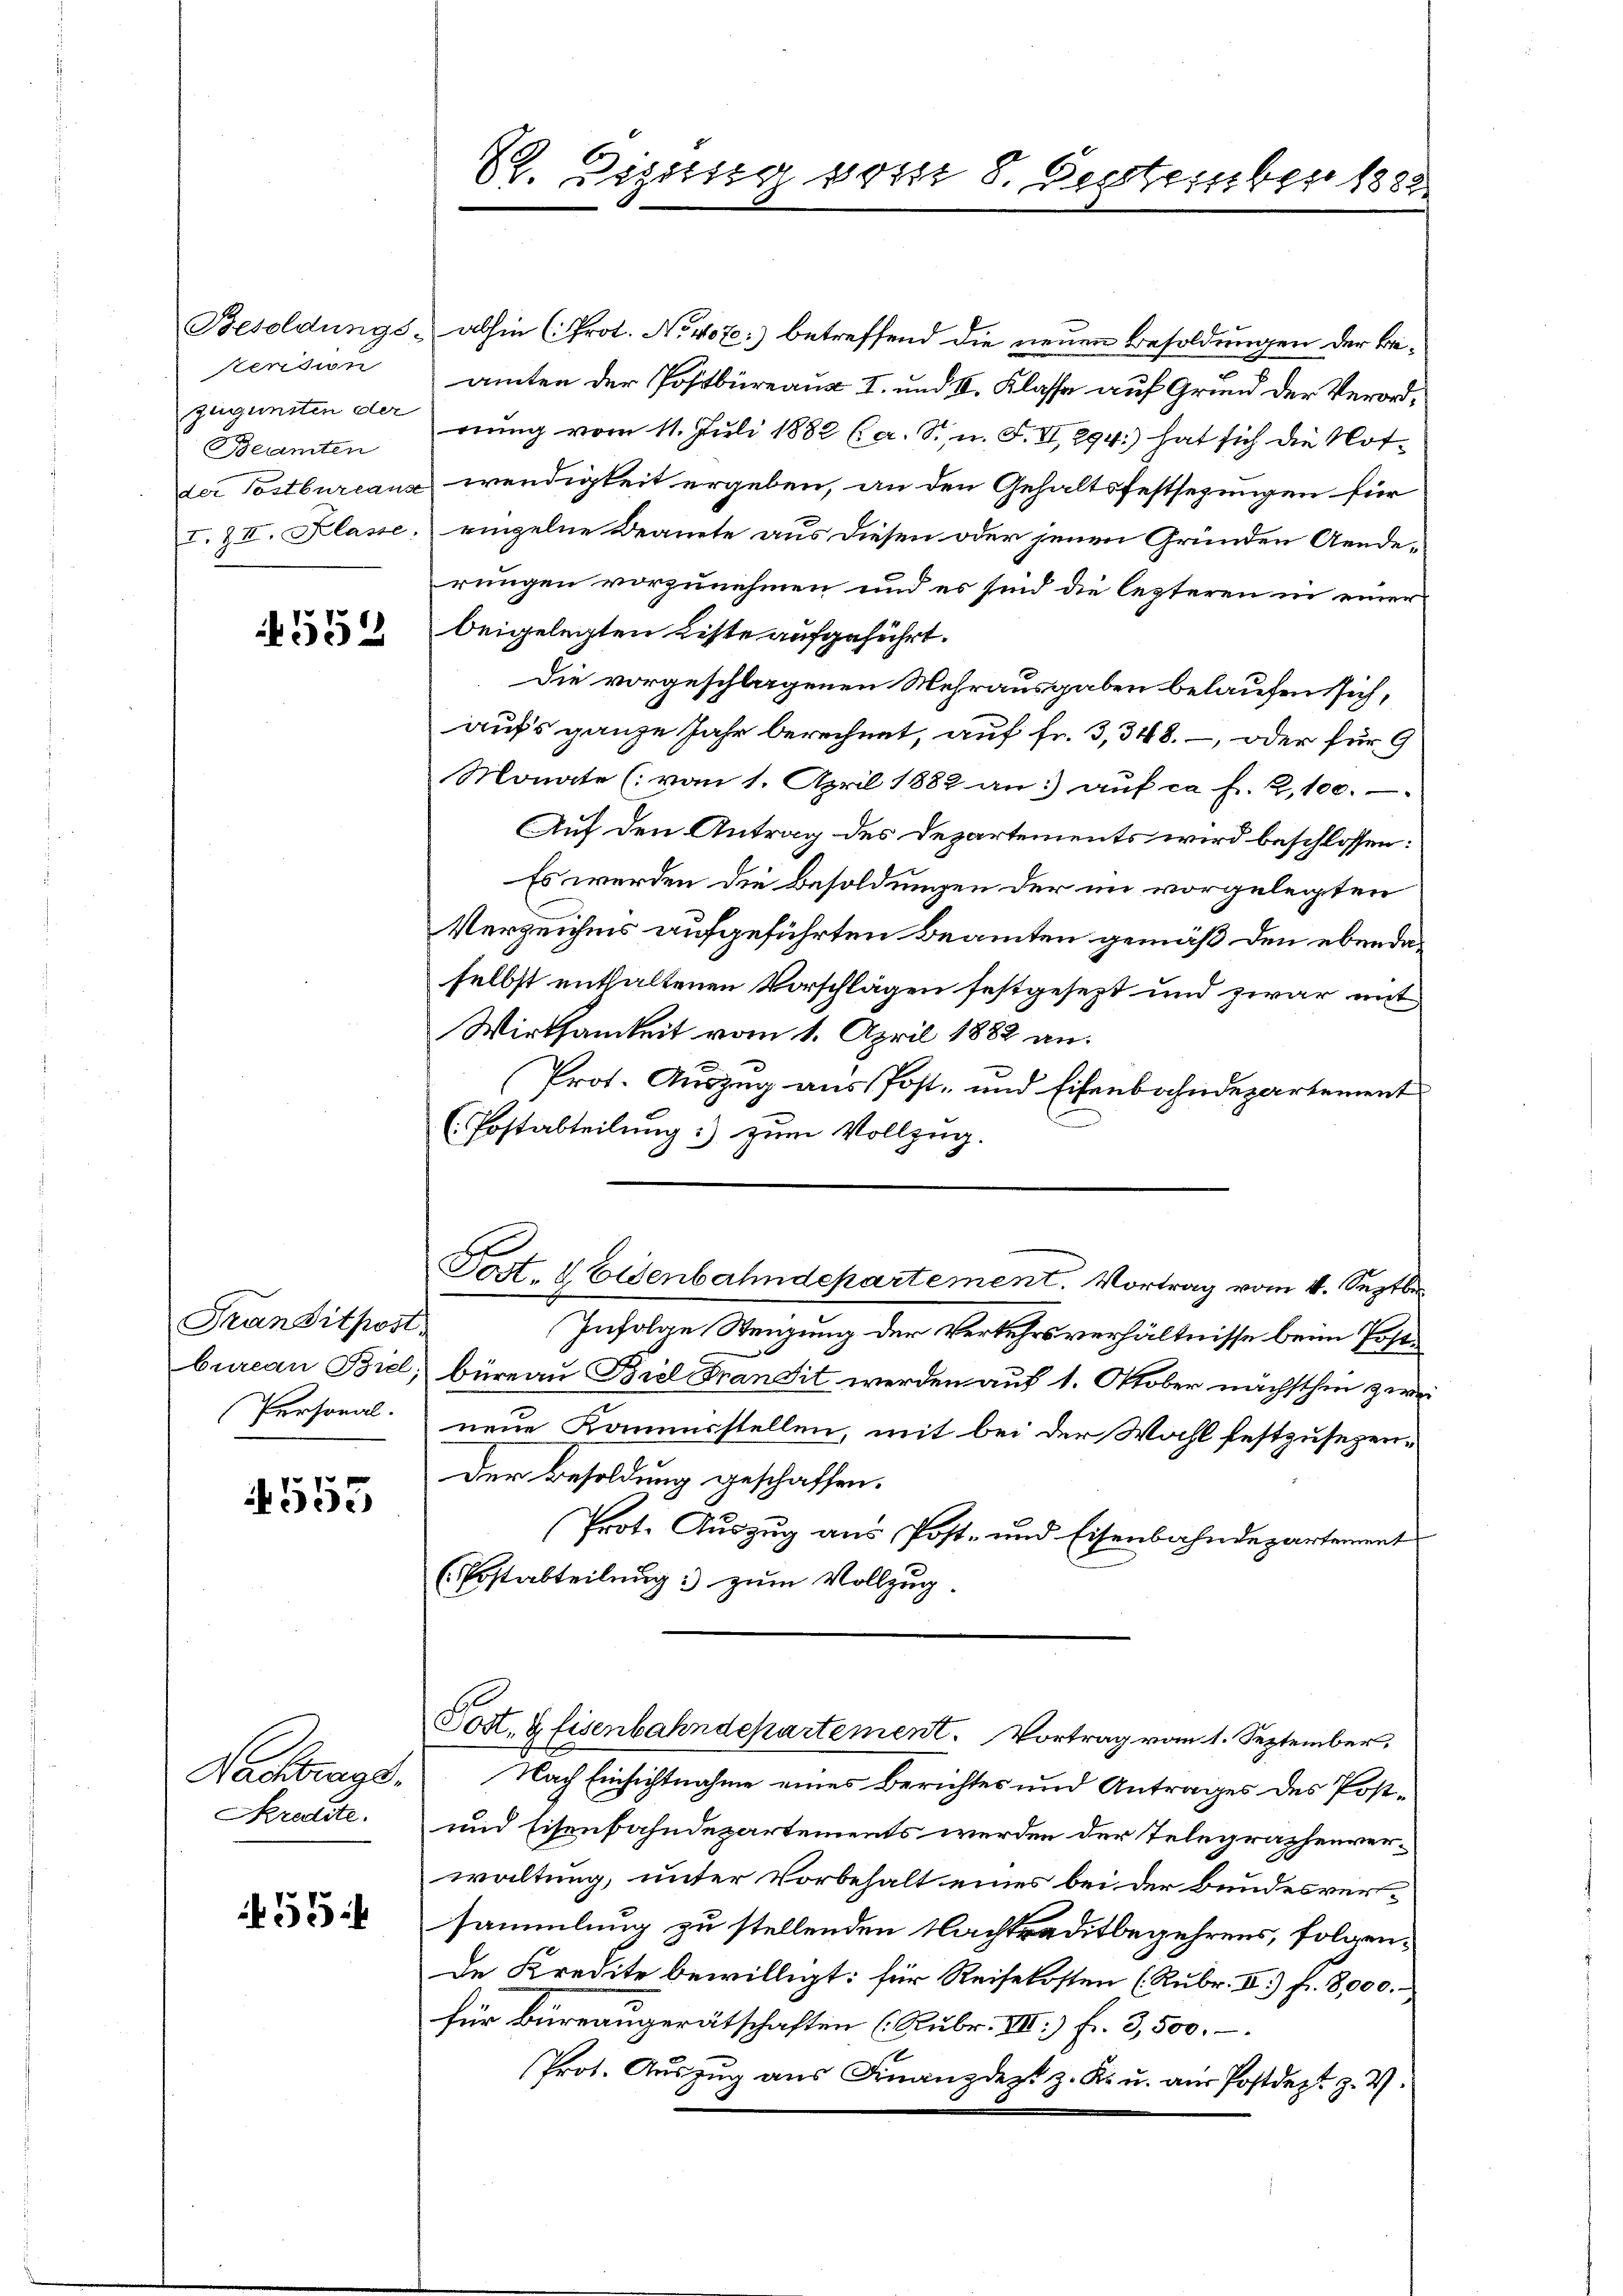
Besoldungs
Rension
Beamten
der Postbureaus

552

Transitpost
(Personal.

4553

Nachtrags
Skredite.

55

abhin (Prot. No. 407) betreffend die neuen Besoldungen der be-
amten der Postbüreaus I. und I. Klasse auf Grund der Verordzugunsten der erung vom 11. Juli 1882 (a. S., n. F. II, 294.) hat sich die Not-
ewendigkeit ergeben, an den Gehaltsfestsezungen für
I. & II. Klasse, einzelne Beante aus diesen oder jenen Gründen Aende-
rungen vorzunehmen und es sind die lezteren in einer
beigelegten Liste aufgeführt.
Die vorgeschlagenen Mehrausgaben belaufen sich,
aufs ganze Jahr berechnet, auf fr. 3, 348. – oder für 9
Monate (vom 1. April 1882 an:) auf ca fl. 2,100.
Auf den Antrag des Departements wird beschlossen:
Es werden die Besoldungen der im vorgelegten
Verzeichnis aufgeführten Beamten gemäß den ebendeselbst enthaltenen Vorschlägen festgesezt und zwar mit
Wirksamkeit vom 1. April 1882 an.
Prot. Aŭszŭg aŭs Post- und Eisenbahndepartement
(Postabteilung zum Vollzug.
Post. d Eisenbahndepartement. Vortrag vom 4. Septbr
Infolge Steigung der Verkehrsverhältnisse beim Postbureau Biel, büreau Biel Fransit werden auf 1. Oktober nächsthin zwei
neue Kommusstellen, mit bei der Wahl festzusehen¬
Der Besoldung geschaffen.
Prot. Aŭszŭg ans Post- und Eisenbahndepartement
(Erstabteilung zum Vollzug
Tost, & fisenbahndepartement. Vortrag vom 1. September,
Nach Einsichtnahme eines Berichtes und Antrages des Post¬
und Eisenbahndepartements werden der Telegraphenverwaltung, unter Vorbehalt eines bei der Bundesversammlung zu stellenden Nachtraditbegehrens, folgende Kredite bewilligt: für Reisekosten (Rubr. II) fr. 8,000.
für Büreaugerätschaften (Rubr. III.) fr. 3,500. –.
Prot. Aŭszŭg aŭs Finanzdezt z. B. u. aŭs Postdezt z. W.

S. Diesig vom 8. September 1888